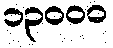
၁၃၀၀၀